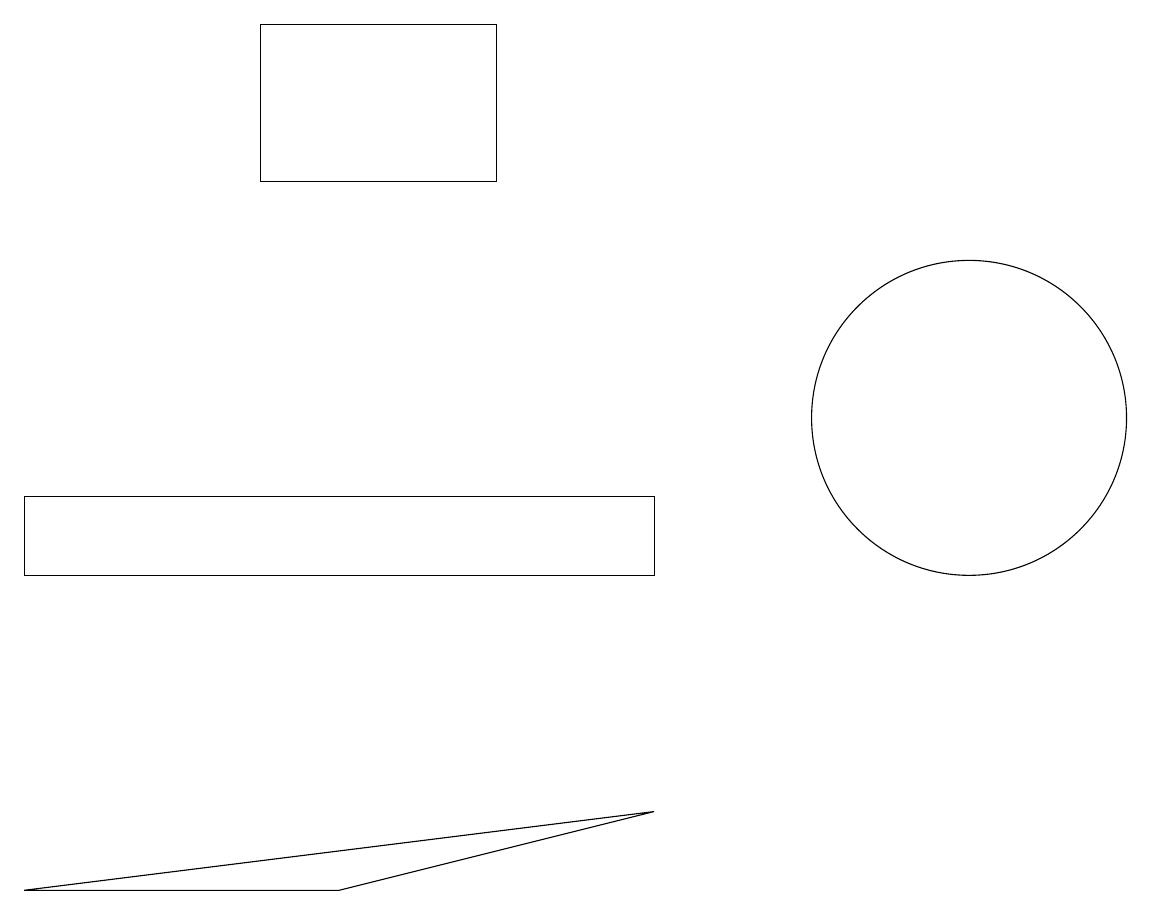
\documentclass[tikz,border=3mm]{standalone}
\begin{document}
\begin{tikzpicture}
\draw (3,15) rectangle (6,17);
\draw (12,12) circle (2);
\draw (0,6) -- (4,6) -- (8,7) -- cycle;
\draw (0,10) rectangle (8,11);
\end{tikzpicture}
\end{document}